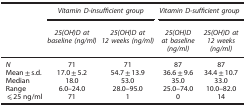
|  | <COLSPAN=2> Vitamin D-insufficient group | <COLSPAN=2> Vitamin D-sufficient group |
 |  | 25(OH)D at baseline (ng/ml) | 25(OH)D at 12 weeks (ng/ml) | 25(OH)D at baseline (ng/ml) | 25(OH)D at 12 weeks (ng/ml) |
 | --- | --- | --- | --- | --- |
 | N | 71 | 71 | 87 | 87 |
 | Mean±s.d. | 17.0±5.2 | 54.7±13.9 | 36.6±9.6 | 34.4±10.7 |
 | Median | 18.0 | 53.0 | 35.0 | 33.0 |
 | Range | 6.0–24.0 | 28.0–95.0 | 25.0–74.0 | 10.0–82.0 |
 | ⩽25 ng/ml | 71 | 1 | 0 | 14 |